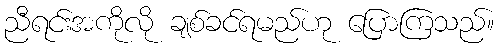
ညီရင်းအကိုလို ချစ်ခင်ရမည်ဟု ပြောကြသည်။